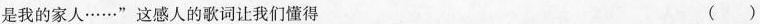
是我的家人……” 这感人的歌词让我们懂得 ()